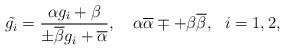
LaTeX: \begin{align*}\tilde{g_{i}} = \frac{\alpha g_{i} + \beta }{\pm \overline{\beta}g_{i} + \overline{\alpha}},~~~\alpha\overline{\alpha} \mp + \beta \overline{\beta},~~i=1, 2,\end{align*}